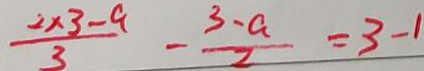
\frac { 2 \times 3 - a } { 3 } - \frac { 3 - a } { 2 } = 3 - 1